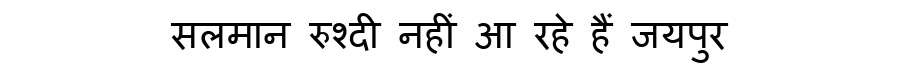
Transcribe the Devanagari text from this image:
सलमान रुश्दी नहीं आ रहे हैं जयपुर